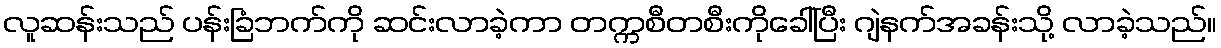
လူဆန်းသည် ပန်းခြံဘက်ကို ဆင်းလာခဲ့ကာ တက္ကစီတစီးကိုခေါ်ပြီး ဂျဲနက်အခန်းသို့ လာခဲ့သည်။